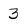
Character: 3